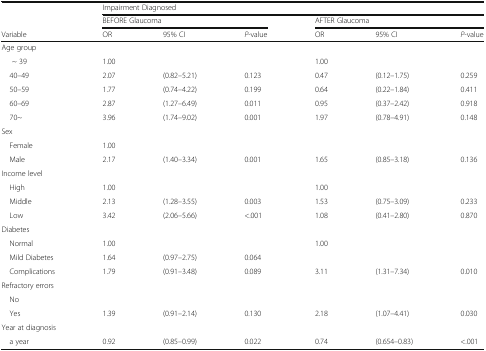
|  | <COLSPAN=6> Impairment Diagnosed |
 |  | <COLSPAN=3> BEFORE Glaucoma | <COLSPAN=3> AFTER Glaucoma |
 | Variable | OR | 95% CI | P-value | OR | 95% CI | P-value |
 | --- | --- | --- | --- | --- | --- | --- |
 | <COLSPAN=7> Age group |
 | ~ 39 | 1.00 |  |  | 1.00 |  |  |
 | 40–49 | 2.07 | (0.82–5.21) | 0.123 | 0.47 | (0.12–1.75) | 0.259 |
 | 50–59 | 1.77 | (0.74–4.22) | 0.199 | 0.64 | (0.22–1.84) | 0.411 |
 | 60–69 | 2.87 | (1.27–6.49) | 0.011 | 0.95 | (0.37–2.42) | 0.918 |
 | 70~ | 3.96 | (1.74–9.02) | 0.001 | 1.97 | (0.78–4.91) | 0.148 |
 | <COLSPAN=7> Sex |
 | Female | 1.00 |  |  |  |  |  |
 | Male | 2.17 | (1.40–3.34) | 0.001 | 1.65 | (0.85–3.18) | 0.136 |
 | <COLSPAN=7> Income level |
 | High | 1.00 |  |  | 1.00 |  |  |
 | Middle | 2.13 | (1.28–3.55) | 0.003 | 1.53 | (0.75–3.09) | 0.233 |
 | Low | 3.42 | (2.06–5.66) | <.001 | 1.08 | (0.41–2.80) | 0.870 |
 | <COLSPAN=7> Diabetes |
 | Normal | 1.00 |  |  | 1.00 |  |  |
 | Mild Diabetes | 1.64 | (0.97–2.75) | 0.064 |  |  |  |
 | Complications | 1.79 | (0.91–3.48) | 0.089 | 3.11 | (1.31–7.34) | 0.010 |
 | <COLSPAN=7> Refractory errors |
 | No |  |  |  |  |  |  |
 | Yes | 1.39 | (0.91–2.14) | 0.130 | 2.18 | (1.07–4.41) | 0.030 |
 | <COLSPAN=7> Year at diagnosis |
 | a year | 0.92 | (0.85–0.99) | 0.022 | 0.74 | (0.654–0.83) | <.001 |